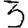
Digit: 3